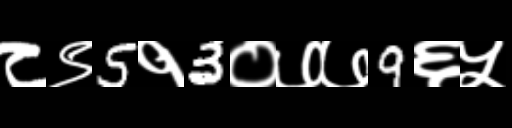
Text: ८९5१3०७७9६५